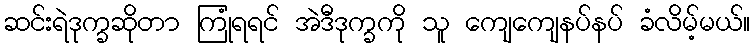
ဆင်းရဲဒုက္ခဆိုတာ ကြုံရရင် အဲဒီဒုက္ခကို သူ ကျေကျေနပ်နပ် ခံလိမ့်မယ်။